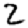
Digit: 2